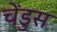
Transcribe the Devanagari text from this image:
चेंडुस